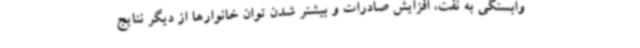
وابستگی به نفت، افزایش صادرات و بیشتر شدن توان خانوارها از دیگر نتایج